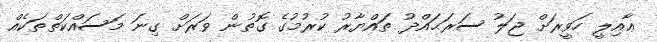
ޢާއިލީ ހަވީރަށް ޖަލު ސަރަޙައްދު ތައްޔާރު ކުރުމުގެ ގޮތުން ވަރަށް ގިނަ މަސައްކަތްތަކެއް